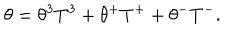
\theta = \theta ^ { 3 } T ^ { 3 } + \theta ^ { + } T ^ { + } + \theta ^ { - } T ^ { - } .